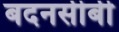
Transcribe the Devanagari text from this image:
बदनसीबी